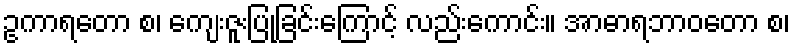
ဥကာရတော စ၊ ကျေးဇူးပြုခြင်းကြောင့် လည်းကောင်း။ အာဓာရဘာဝတော စ၊